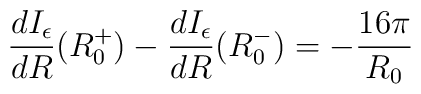
\frac{dI_{\epsilon}}{dR}(R_{0}^{+})-\frac{dI_{\epsilon}}{dR}(R_{0}^{-})= -\frac{16\pi}{R_{0}}